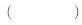
()